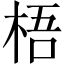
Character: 梧